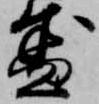
盛